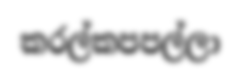
කරල්කපපල්ලා